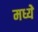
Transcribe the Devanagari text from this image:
मध्येे